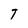
Character: T